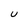
Character: U